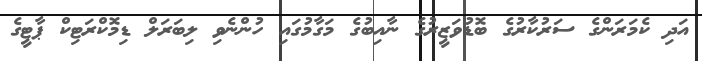
އަދި ކެމަރަންގެ ސަރުކާރުގެ ބޮޑުވަޒީރުގެ ނާއިބުގެ މަގާމުގައި ހުންނެވި ލިބަރަލް ޑިމޮކްރަޓިކް ޕާޓީގެ